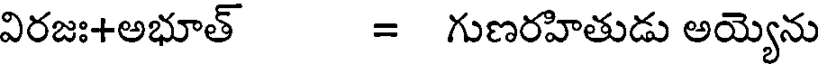
విరజః+అభూత్ = గుణరహితుడు అయ్యెను